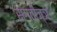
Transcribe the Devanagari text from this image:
संगतीज्ञ